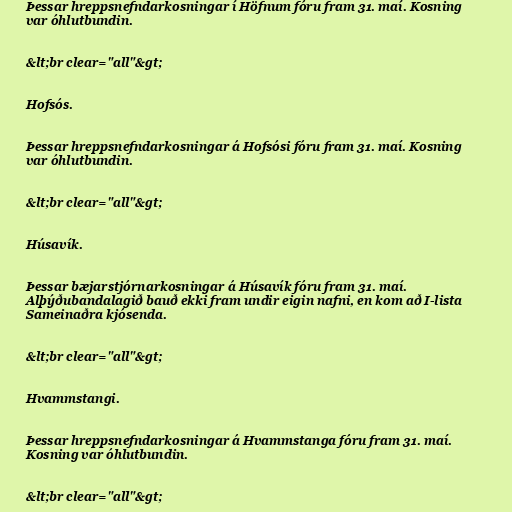
Þessar hreppsnefndarkosningar í Höfnum fóru fram 31. maí. Kosning
var óhlutbundin.

&lt;br clear="all"&gt;

Hofsós.

Þessar hreppsnefndarkosningar á Hofsósi fóru fram 31. maí. Kosning
var óhlutbundin.

&lt;br clear="all"&gt;

Húsavík.

Þessar bæjarstjórnarkosningar á Húsavík fóru fram 31. maí.
Alþýðubandalagið bauð ekki fram undir eigin nafni, en kom að I-lista
Sameinaðra kjósenda.

&lt;br clear="all"&gt;

Hvammstangi.

Þessar hreppsnefndarkosningar á Hvammstanga fóru fram 31. maí.
Kosning var óhlutbundin.

&lt;br clear="all"&gt;